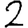
Digit: 2